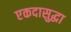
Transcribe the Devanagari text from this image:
एकदासुद्धा